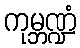
ကုမ္ဘဏ္ဍံ